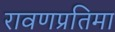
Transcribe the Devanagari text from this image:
रावणप्रतिमा